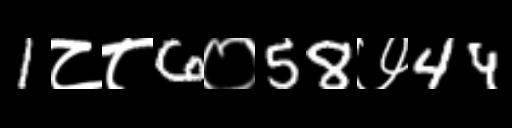
Text: 1८८6०58७44